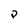
Character: p